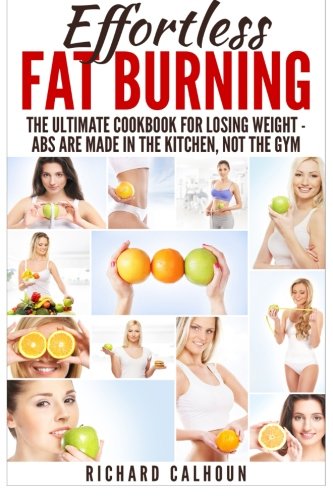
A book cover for Effortless Fat Burning: The Ultimate Cookbook for Losing Weight - Abs Are Made in the Kitchen, Not the Gym; Richard Calhoun; Health, Fitness & Dieting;